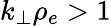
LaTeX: k_{\perp}\rho_{e}>1